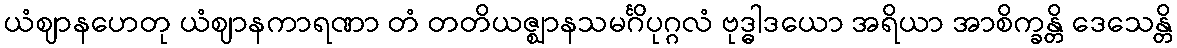
ယံဈာနဟေတု ယံဈာနကာရဏာ တံ တတိယဇ္ဈာနသမင်္ဂိပုဂ္ဂလံ ဗုဒ္ဓါဒယော အရိယာ အာစိက္ခန္တိ ဒေသေန္တိ